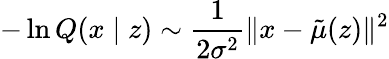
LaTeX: -\ln Q(x\mid z)\sim\frac{1}{2{\sigma}^{2}}\| x-{\tilde{\mu}}(z)\| ^{2}